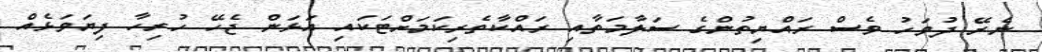
ނެރޭ ދުވަހު ވެސް ރައްޔިތުންގެ ސަލާމަތާއި ރައްކާތެރިކަމަށްޓަކައި އަޅަން ޖެހޭ ހުރިހާ ފިޔަވަޅެއް